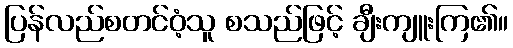
ပြန်လည်စတင်ဝံ့သူ စသည်ဖြင့် ချီးကျူးကြ၏။